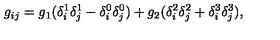
g _ { i j } = g _ { 1 } ( \delta _ { i } ^ { 1 } \delta _ { j } ^ { 1 } - \delta _ { i } ^ { 0 } \delta _ { j } ^ { 0 } ) + g _ { 2 } ( \delta _ { i } ^ { 2 } \delta _ { j } ^ { 2 } + \delta _ { i } ^ { 3 } \delta _ { j } ^ { 3 } ) ,